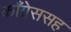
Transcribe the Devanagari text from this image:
काँग्रेससह